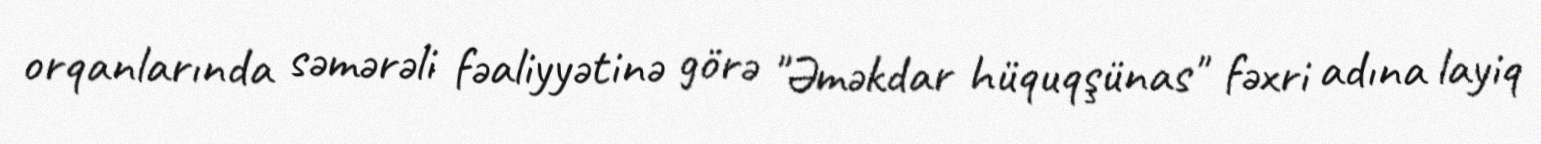
orqanlarında səmərəli fəaliyyətinə görə "Əməkdar hüquqşünas" fəxri adına layiq